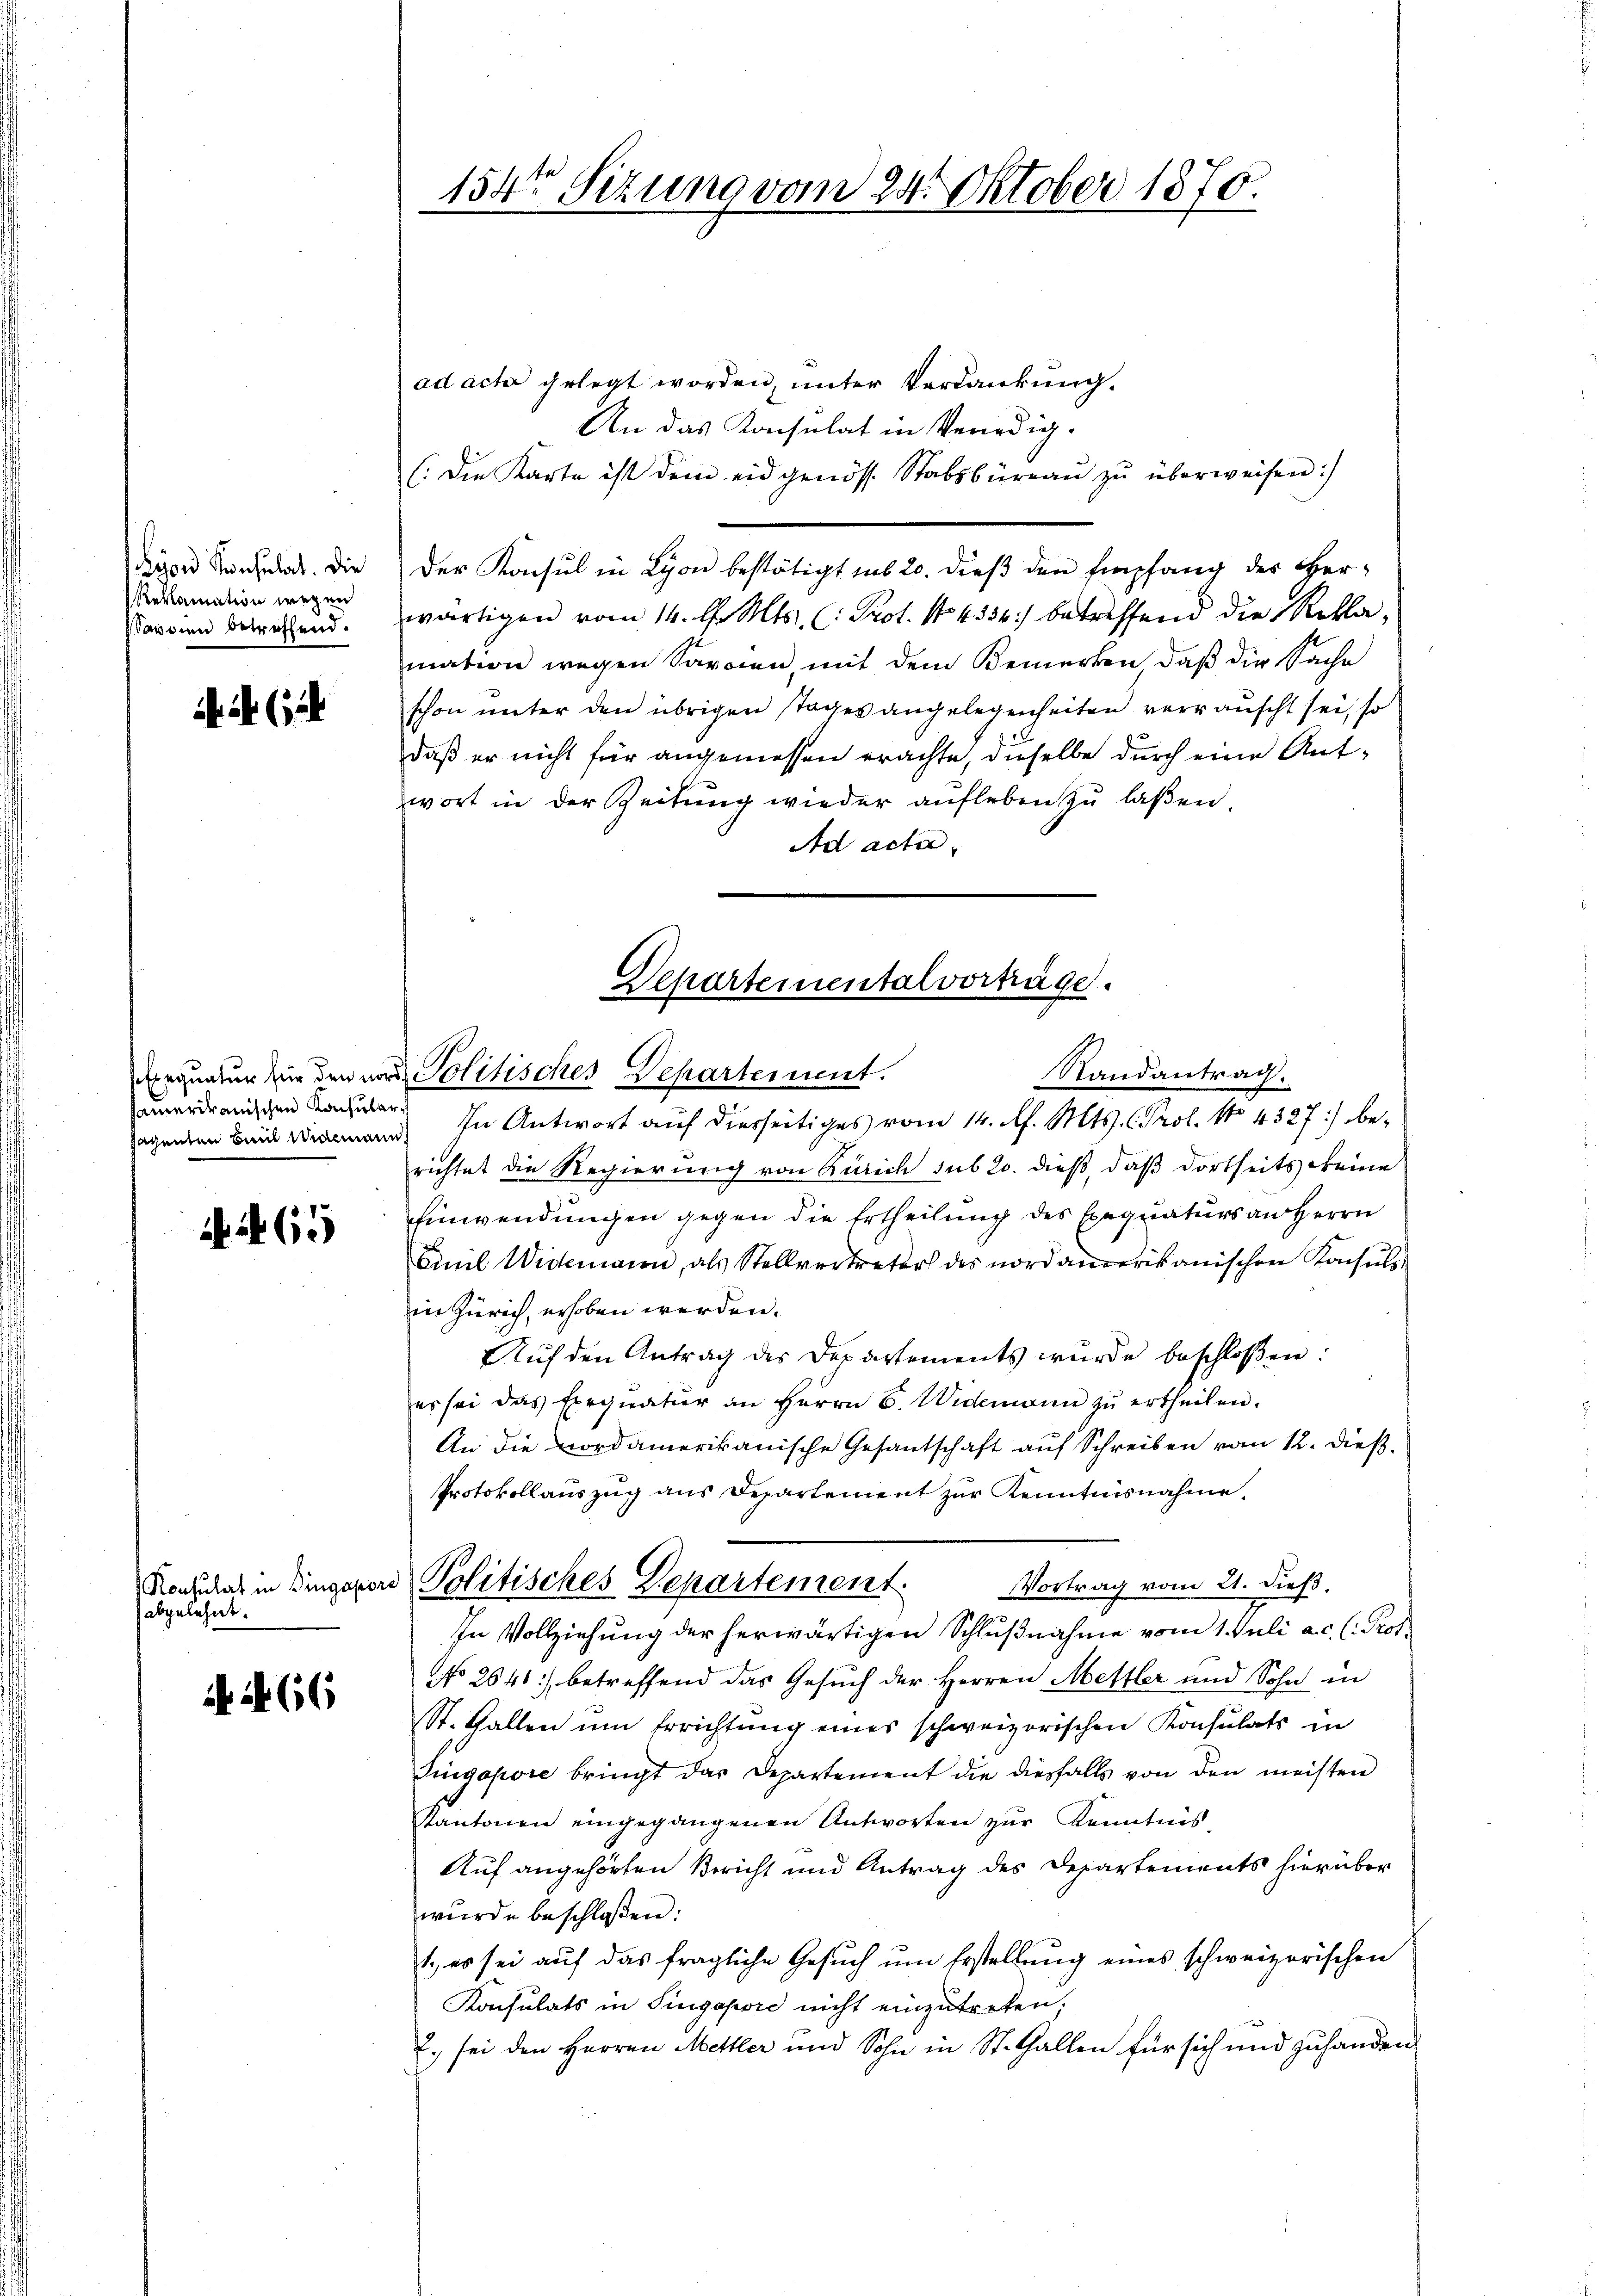
yon Konsulat. Die
Reklamation wegen
audien betreffend.

hamerikanischen Konsula
sagenten Bunde Wideman

N 265

Konsulat in Bingaporo
abgelehnt.

66

154ten Sizung vom 24. Oktober 1870.

Departementalvorträge.
Randantrag.
Aerquatur in den von Politisches Departement.

ad acta gelegt worden, unter Verdankung.
An das Konsulat in Venedig-
(:die Karte ist dem eidgenöss. Stabsbüreaŭ zŭ überweisen:
Der Konsul in Lyon bestätigt sub 20. dieß den Empfang des Herwärtigen vom 14. d. Mts. (: Prot. No. 4334) betreffend die Reklamation wegen Sardien, mit dem Bemerken, daß die Sache
schon unter den übrigen Tages angelegenheiten veranscht sei, so
daß er nicht für angemessen erachte, dieselbe durch eine Antwort in der Zeitŭng wieder aufleben zŭ laßen.
Ad acta
 In Antwort auf diesseitiges vom 14. d. Mts. C. Prof. No 4327) berichtet die Regierung von Zürich sub 20. dieß, daß dortseits keine
Einwendungen gegen die Ertheilung des Exequaturs an Herrn
Emil Widemann, als Stellvertreter des nordamerikanischen Konsuls
in Zürich, erhoben werden.
Aŭf den Antrag des Departements wurde beschloßen:
es sei das Exequatur an Herrn C. Widemann zu ertheilen.
An die nordamerikanische Gesantschaft auf Schreiben vom 12. dieß.
Protokollauszug aus Departement zur Kenntnisnahme.
Politisches Departement.
Vortrag vom 21. dieß.
In Vollziehung der herwärtigen Schlußnahme vom 1. Juli a.c. (: Prof.
No 2641) betreffend das Gesuch der Herren Mettler und Sohn in
St. Gallen um Errichtŭng eines schweizerischen Konsulats in
Tüngapore bringt das Departement die diesfalls von den meisten
Kantonen eingegangenen Antworten zŭr Kenntnis
Auf angehörten Bericht und Antrag des Departements hierüber
wurde beschloßen:
1., es sei auf das fragliche Gesuch um Erstellung eines schweizerischen
Konsulats in Singapore nicht einzutreten,
2.), sei den Herren Mettler und Sohn in St. Gallen für sich und zuhanden.